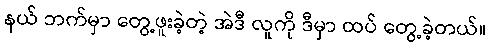
နယ် ဘက်မှာ တွေ့ဖူးခဲ့တဲ့ အဲဒီ လူကို ဒီမှာ ထပ် တွေ့ခဲ့တယ်။